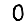
Digit: 0